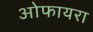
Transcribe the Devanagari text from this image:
ओफायरा